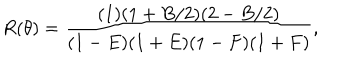
LaTeX: R ( \theta ) = \frac { ( 1 ) ( 1 + B / 2 ) ( 2 - B / 2 ) } { ( 1 - E ) ( 1 + E ) ( 1 - F ) ( 1 + F ) } ,